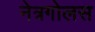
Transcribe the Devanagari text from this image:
नेत्रगोलस